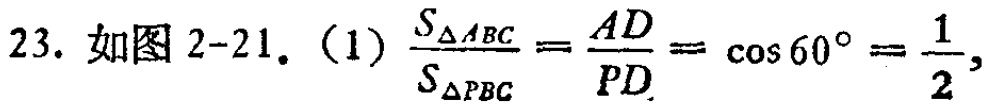
23. 如图 2-21. (1) $\frac{S_{\triangle ABC}}{S_{\triangle PBC}}=\frac{AD}{PD}=\cos 60^{\circ}=\frac{1}{2}$,